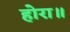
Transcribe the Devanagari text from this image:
होरा॥